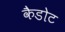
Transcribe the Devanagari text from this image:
कैडोट